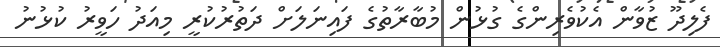
ފެލިދޫ ޒުވާން އެކުވެރިންގެ ގުޅުން މުބާރާތުގެ ފައިނަލަށް ދަތުރުކުރީ މިއަދު ހަވީރު ކުޅުނު